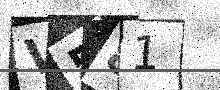
Text: V581